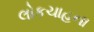
લોકચાહના